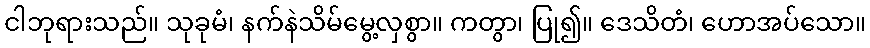
ငါဘုရားသည်။ သုခုမံ၊ နက်နဲသိမ်မွေ့လှစွာ။ ကတွာ၊ ပြု၍။ ဒေသိတံ၊ ဟောအပ်သော။